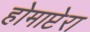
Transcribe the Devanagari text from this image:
होमाप्टेरा